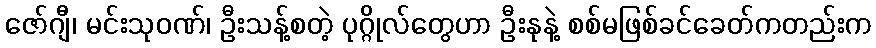
ဇော်ဂျီ၊ မင်းသုဝဏ်၊ ဦးသန့်စတဲ့ ပုဂ္ဂိုလ်တွေဟာ ဦးနုနဲ့ စစ်မဖြစ်ခင်ခေတ်ကတည်းက